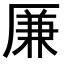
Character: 𠪊